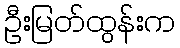
ဦးမြတ်ထွန်းက